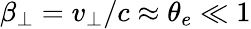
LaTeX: \beta_{\perp}=v_{\perp}/c\approx\theta_{e}\ll 1